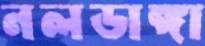
নলডাঙ্গা